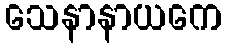
သေနာနာယကေ